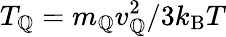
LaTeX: T_{\mathbb{Q}}=m_{\mathbb{Q}}v_{\mathbb{Q}}^{2}/3k_{\mathrm{{B}}}T